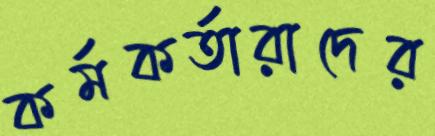
কর্মকর্তারাদের